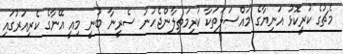
މެޗުގެ ކުރީކޮޅު އަނިޔާގެ މައްސަލަތަކާ ކުރިމަތިލާންޖެހުނު ސެރީނާ ބުނީ މިއީ އޭނާގެ ކެރިއަރުގައި